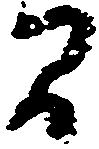
間